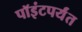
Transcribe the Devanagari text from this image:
पॉइंटपर्यंत